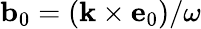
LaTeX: {\mathbf b}_{0}=({\mathbf k}\times{\mathbf e}_{0})/\omega